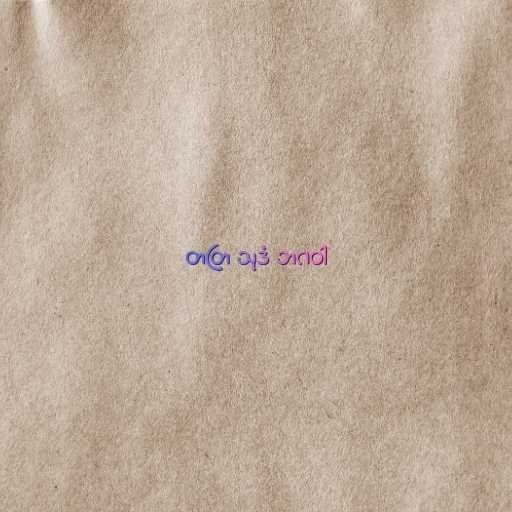
တတြ သုဒံ ဘဂဝါ